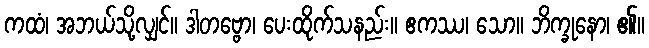
ကထံ၊ အဘယ်သို့လျှင်။ ဒါတဗ္ဗော၊ ပေးထိုက်သနည်း။ ဧကဿ၊ သော။ ဘိက္ခုနော၊ ၏။